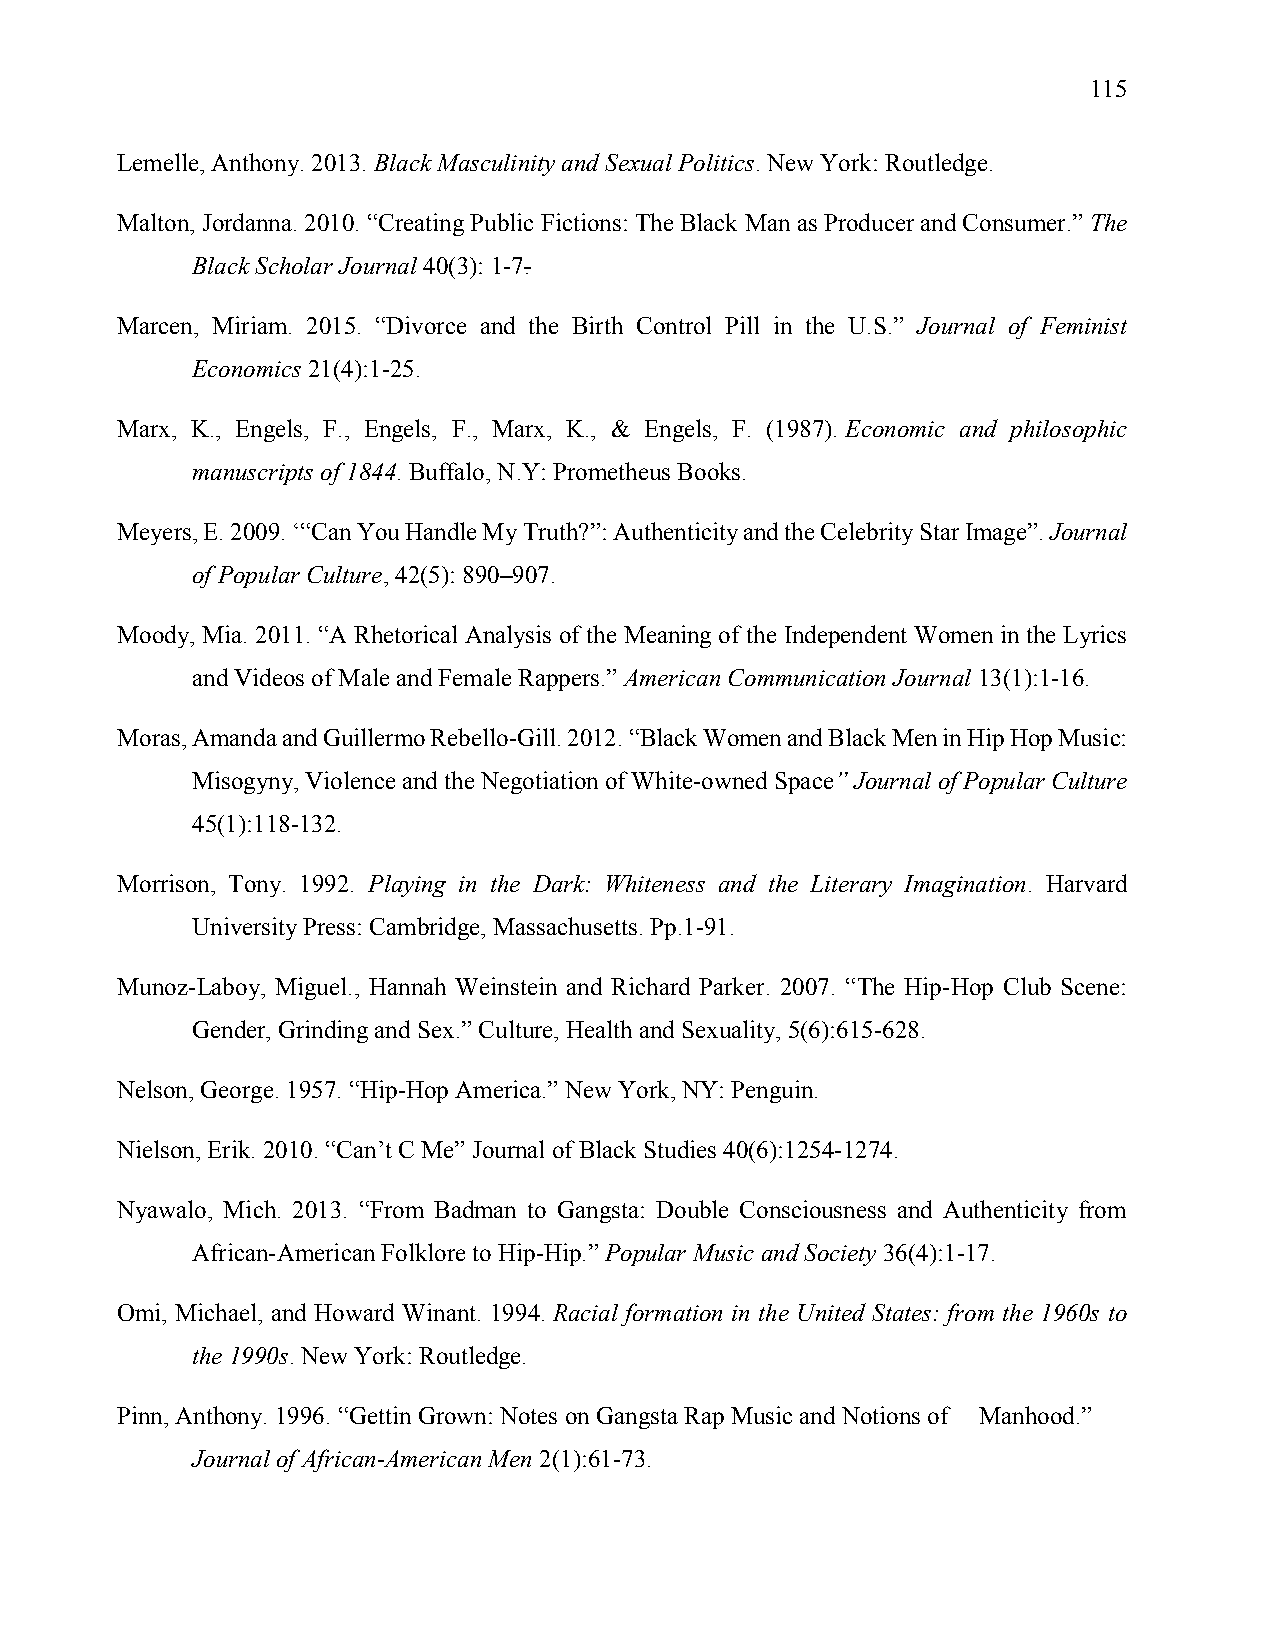
115
 Lemelle, Anthony. 2013. Black Masculinity and Sexual Politics. New York: Routledge.
 Malton, Jordanna. 2010. “Creating Public Fictions: The Black Man as Producer and Consumer.” The
 Black Scholar Journal 40(3): 1-7.
 Marcen, Miriam. 2015. “Divorce and the Birth Control Pill in the U.S.” Journal of Feminist
 Economics 21(4):1-25.
 Marx, K., Engels, F., Engels, F., Marx, K., & Engels, F. (1987). Economic and philosophic
 manuscripts of 1844. Buffalo, N.Y: Prometheus Books.
 Meyers, E. 2009. ‘“Can You Handle My Truth?”: Authenticity and the Celebrity Star Image”. Journal
 of Popular Culture, 42(5): 890–907.
 Moody, Mia. 2011. “A Rhetorical Analysis of the Meaning of the Independent Women in the Lyrics
 and Videos of Male and Female Rappers.” American Communication Journal 13(1):1-16.
 Moras, Amanda and Guillermo Rebello-Gill. 2012. “Black Women and Black Men in Hip Hop Music:
 Misogyny, Violence and the Negotiation of White-owned Space” Journal of Popular Culture
 45(1):118-132.
 Morrison, Tony. 1992. Playing in the Dark: Whiteness and the Literary Imagination. Harvard
 University Press: Cambridge, Massachusetts. Pp.1-91.
 Munoz-Laboy, Miguel., Hannah Weinstein and Richard Parker. 2007. “The Hip-Hop Club Scene:
 Gender, Grinding and Sex.” Culture, Health and Sexuality, 5(6):615-628.
 Nelson, George. 1957. “Hip-Hop America.” New York, NY: Penguin.
 Nielson, Erik. 2010. “Can’t C Me” Journal of Black Studies 40(6):1254-1274.
 Nyawalo, Mich. 2013. “From Badman to Gangsta: Double Consciousness and Authenticity from
 African-American Folklore to Hip-Hip.” Popular Music and Society 36(4):1-17.
 Omi, Michael, and Howard Winant. 1994. Racial formation in the United States: from the 1960s to
 the 1990s. New York: Routledge.
 Pinn, Anthony. 1996. “Gettin Grown: Notes on Gangsta Rap Music and Notions of Manhood.”
 Journal of African-American Men 2(1):61-73.